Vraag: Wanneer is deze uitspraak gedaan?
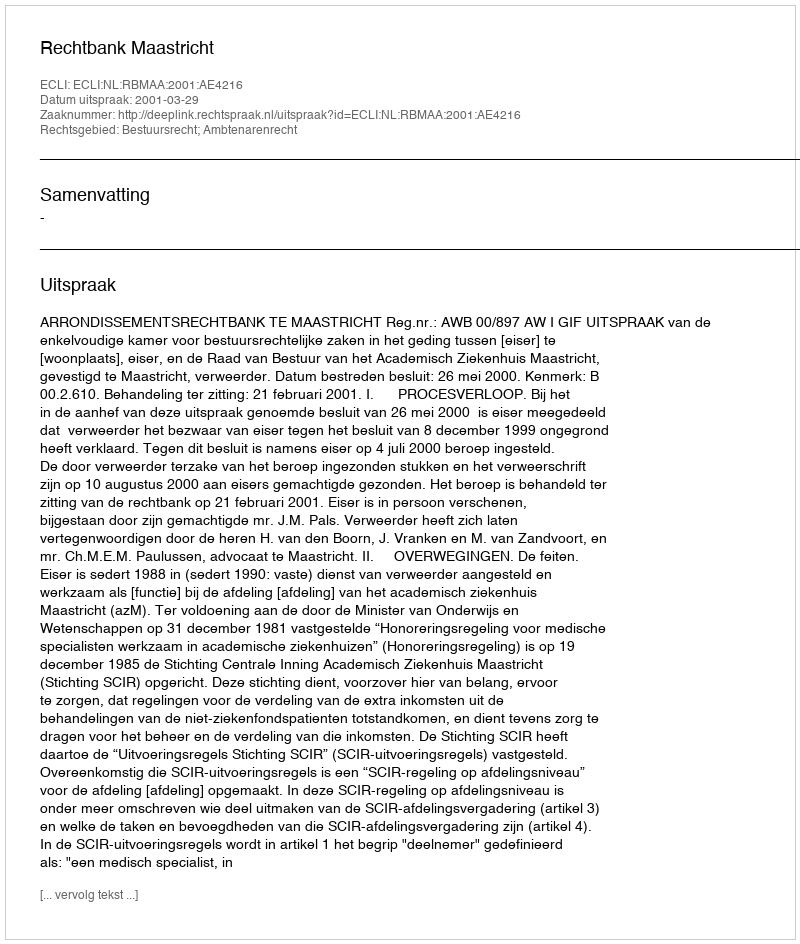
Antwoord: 2001-03-29